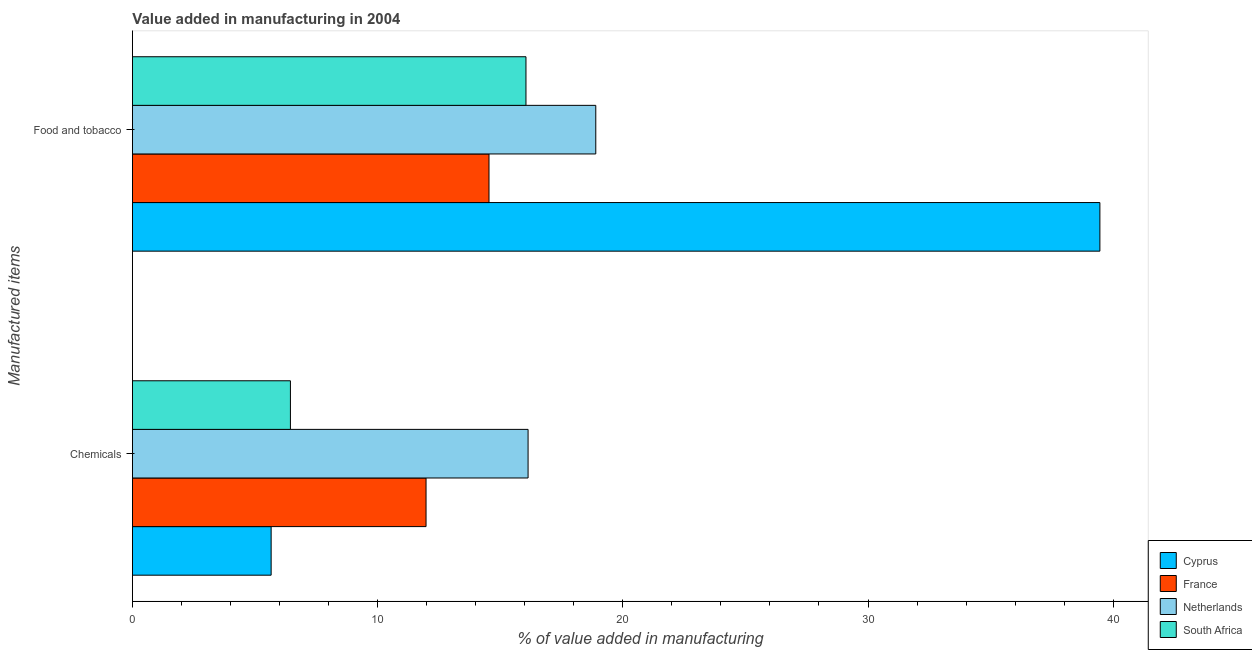
| Manufactured items | Cyprus | France | Netherlands | South Africa |
 | --- | --- | --- | --- | --- |
 | Chemicals | 5.66 | 12 | 16.1 | 6.44 |
 | Food and tobacco | 39.5 | 14.5 | 18.9 | 16.1 |